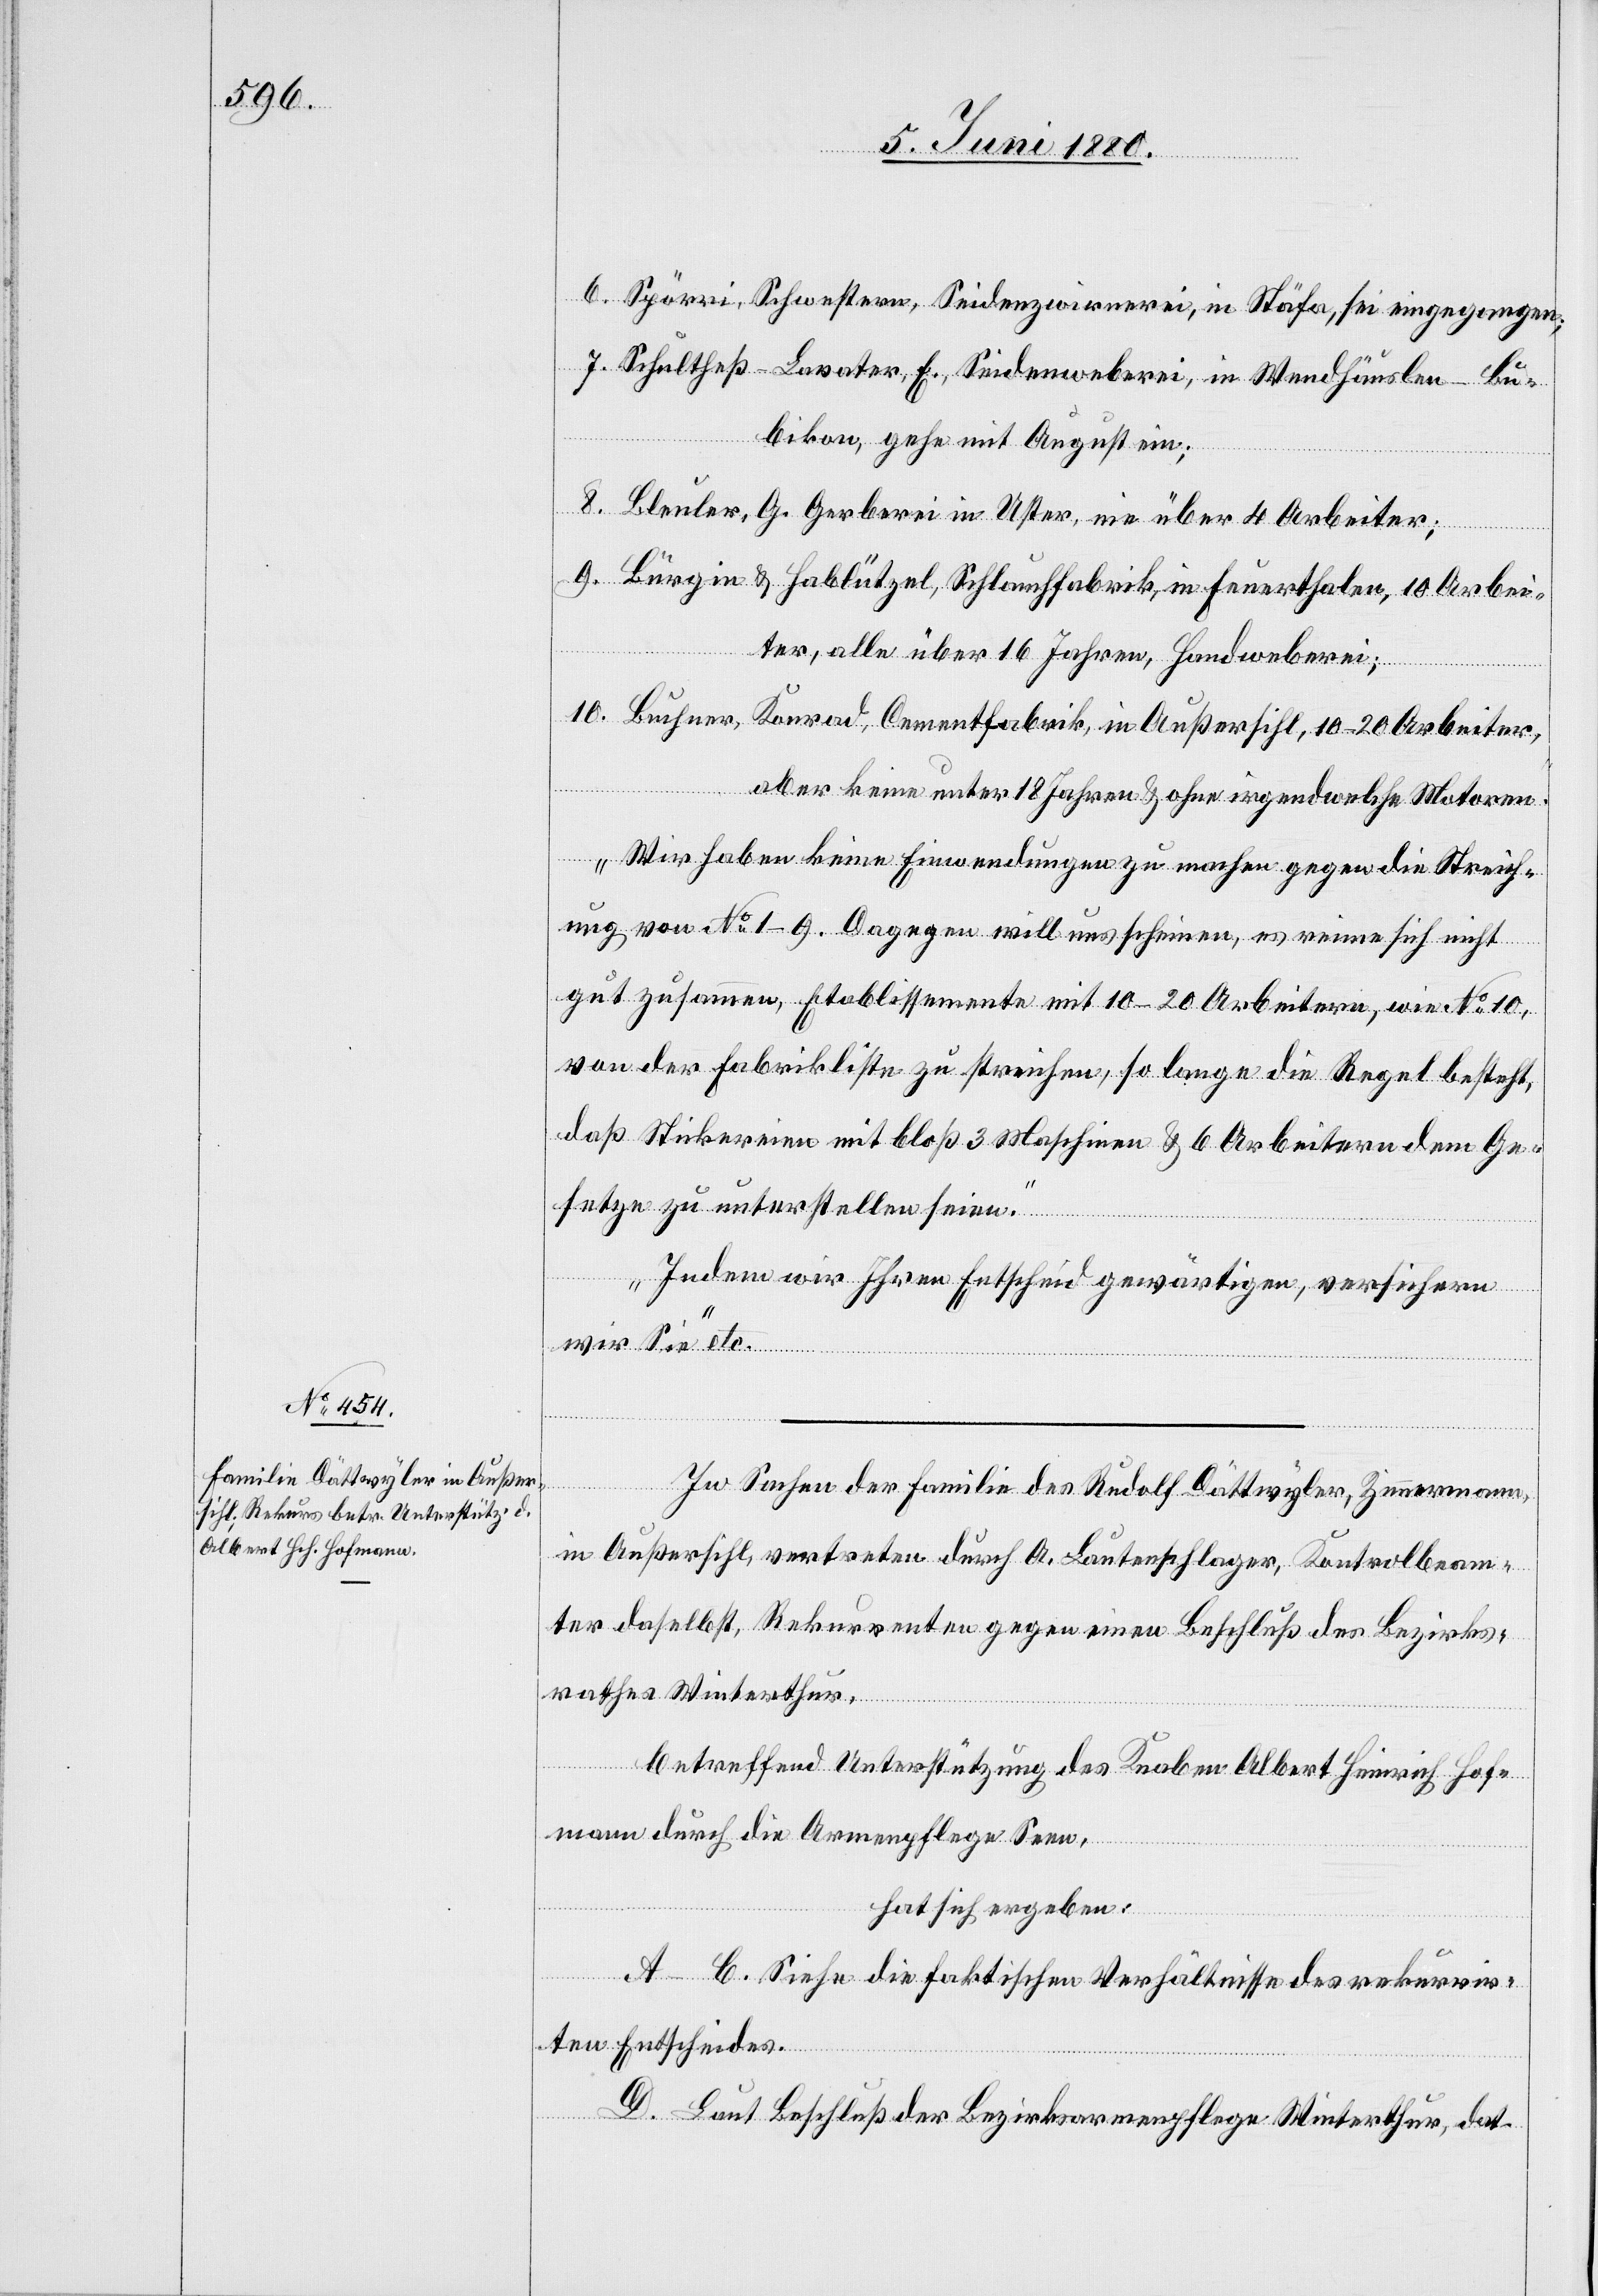
6. Spörri, Schwester, Seidenzwirnerei, in Stäfa, sei eingegangen;
7. Schultheß-Lavater, E., Seidenzwirrnerei, in Wendhäuslen - Bu¬
bikon, gehe mit August ein;
8. Bleuler, G. Gerberei in Uster, nie über 4 Arbeiter;
9. Bürgin & Hablützel, Schlauchfabrik, in Feuerthalen, 10 Arbei¬
ter, alle über 16 Jahren, Handweberei;
10. Buchner, Konrad, Cementfabrik, in Außersihl, 10–20 Arbeiter,
aber keine unter 18 Jahren & ohne irgendwelche Motoren.
Wir haben keine Einwendungen zu machen gegen die Streich¬
ung von No 1–9. Dagegen will uns scheinen, es reime sich nicht
gut zusammen, Etablissemente mit 10–20 Arbeitern, wie No 10,
von der Fabrikliste zu streichen, so lange die Regel besteht,
daß Stickereien mit bloß 3 Maschinen & 6 Arbeitern dem Ge¬
setze zu unterstellen seien.
Indem wir Ihren Entscheid gewärtigen, versichern
wir Sie“ etc.